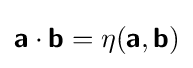
{\boldsymbol {\mathsf {a}}}\cdot {\boldsymbol {\mathsf {b}}}=\eta ({\boldsymbol {\mathsf {a}}},{\boldsymbol {\mathsf {b}}})